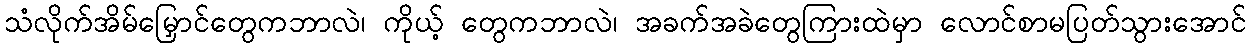
သံလိုက်အိမ်မြှောင်တွေကဘာလဲ၊ ကိုယ့် တွေကဘာလဲ၊ အခက်အခဲတွေကြားထဲမှာ လောင်စာမပြတ်သွားအောင်